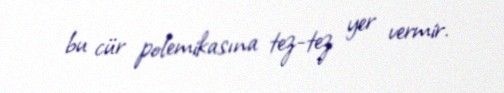
bu cür polemikasına tez-tez yer vermir.